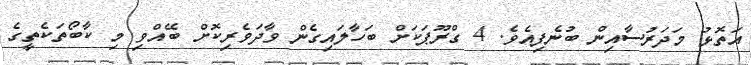
އަތޮޅު މަދަރުސާއިން ބުނެފިއެވެ. 4 ގްރޫޕަކަށް ބަހާލައިގެން ވާދަވެރިކޮށް ބޭއްވި މި ކާބޯތަކެތީގެ